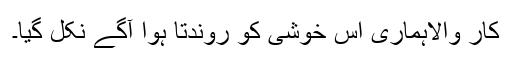
کار والاہماری اس خوشی کو روندتا ہوا آگے نکل گیا۔